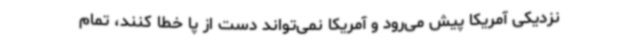
نزدیکی آمریکا پیش می‌رود و آمریکا نمی‌تواند دست از پا خطا کنند، تمام